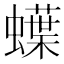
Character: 蠂